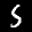
Label: 5